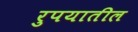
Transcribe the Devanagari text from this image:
रुपयातील